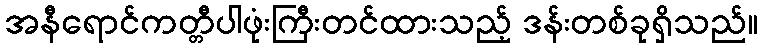
အနီရောင်ကတ္တီပါဖုံးကြီးတင်ထားသည့် ဒန်းတစ်ခုရှိသည်။